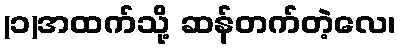
(၁)အထက်သို့ ဆန်တက်တဲ့လေ၊